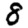
Digit: 8